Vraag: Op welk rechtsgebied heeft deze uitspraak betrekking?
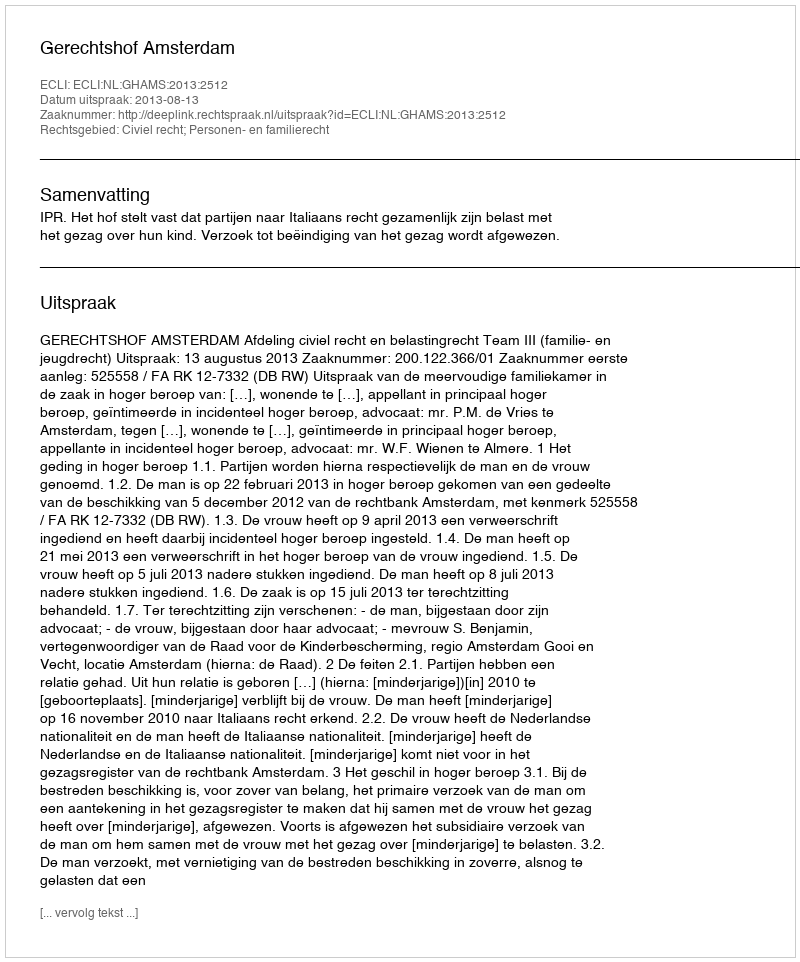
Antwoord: Civiel recht; Personen- en familierecht